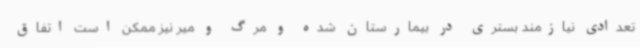
تعدادی نیازمند بستری در بیمارستان شده و مرگ و میر نیز ممکن است اتفاق